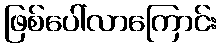
ဖြစ်ပေါ်လာကြောင်း